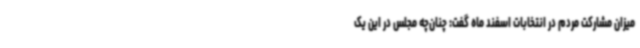
میزان مشارکت مردم در انتخابات اسفند ماه گفت: چنان‌چه مجلس در این یک